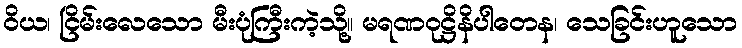
ဝိယ၊ ငြိမ်းလေသော မီးပုံကြီးကဲ့သို့။ မရဏဝုဋ္ဌိနိပါတေန၊ သေခြင်းဟူသော